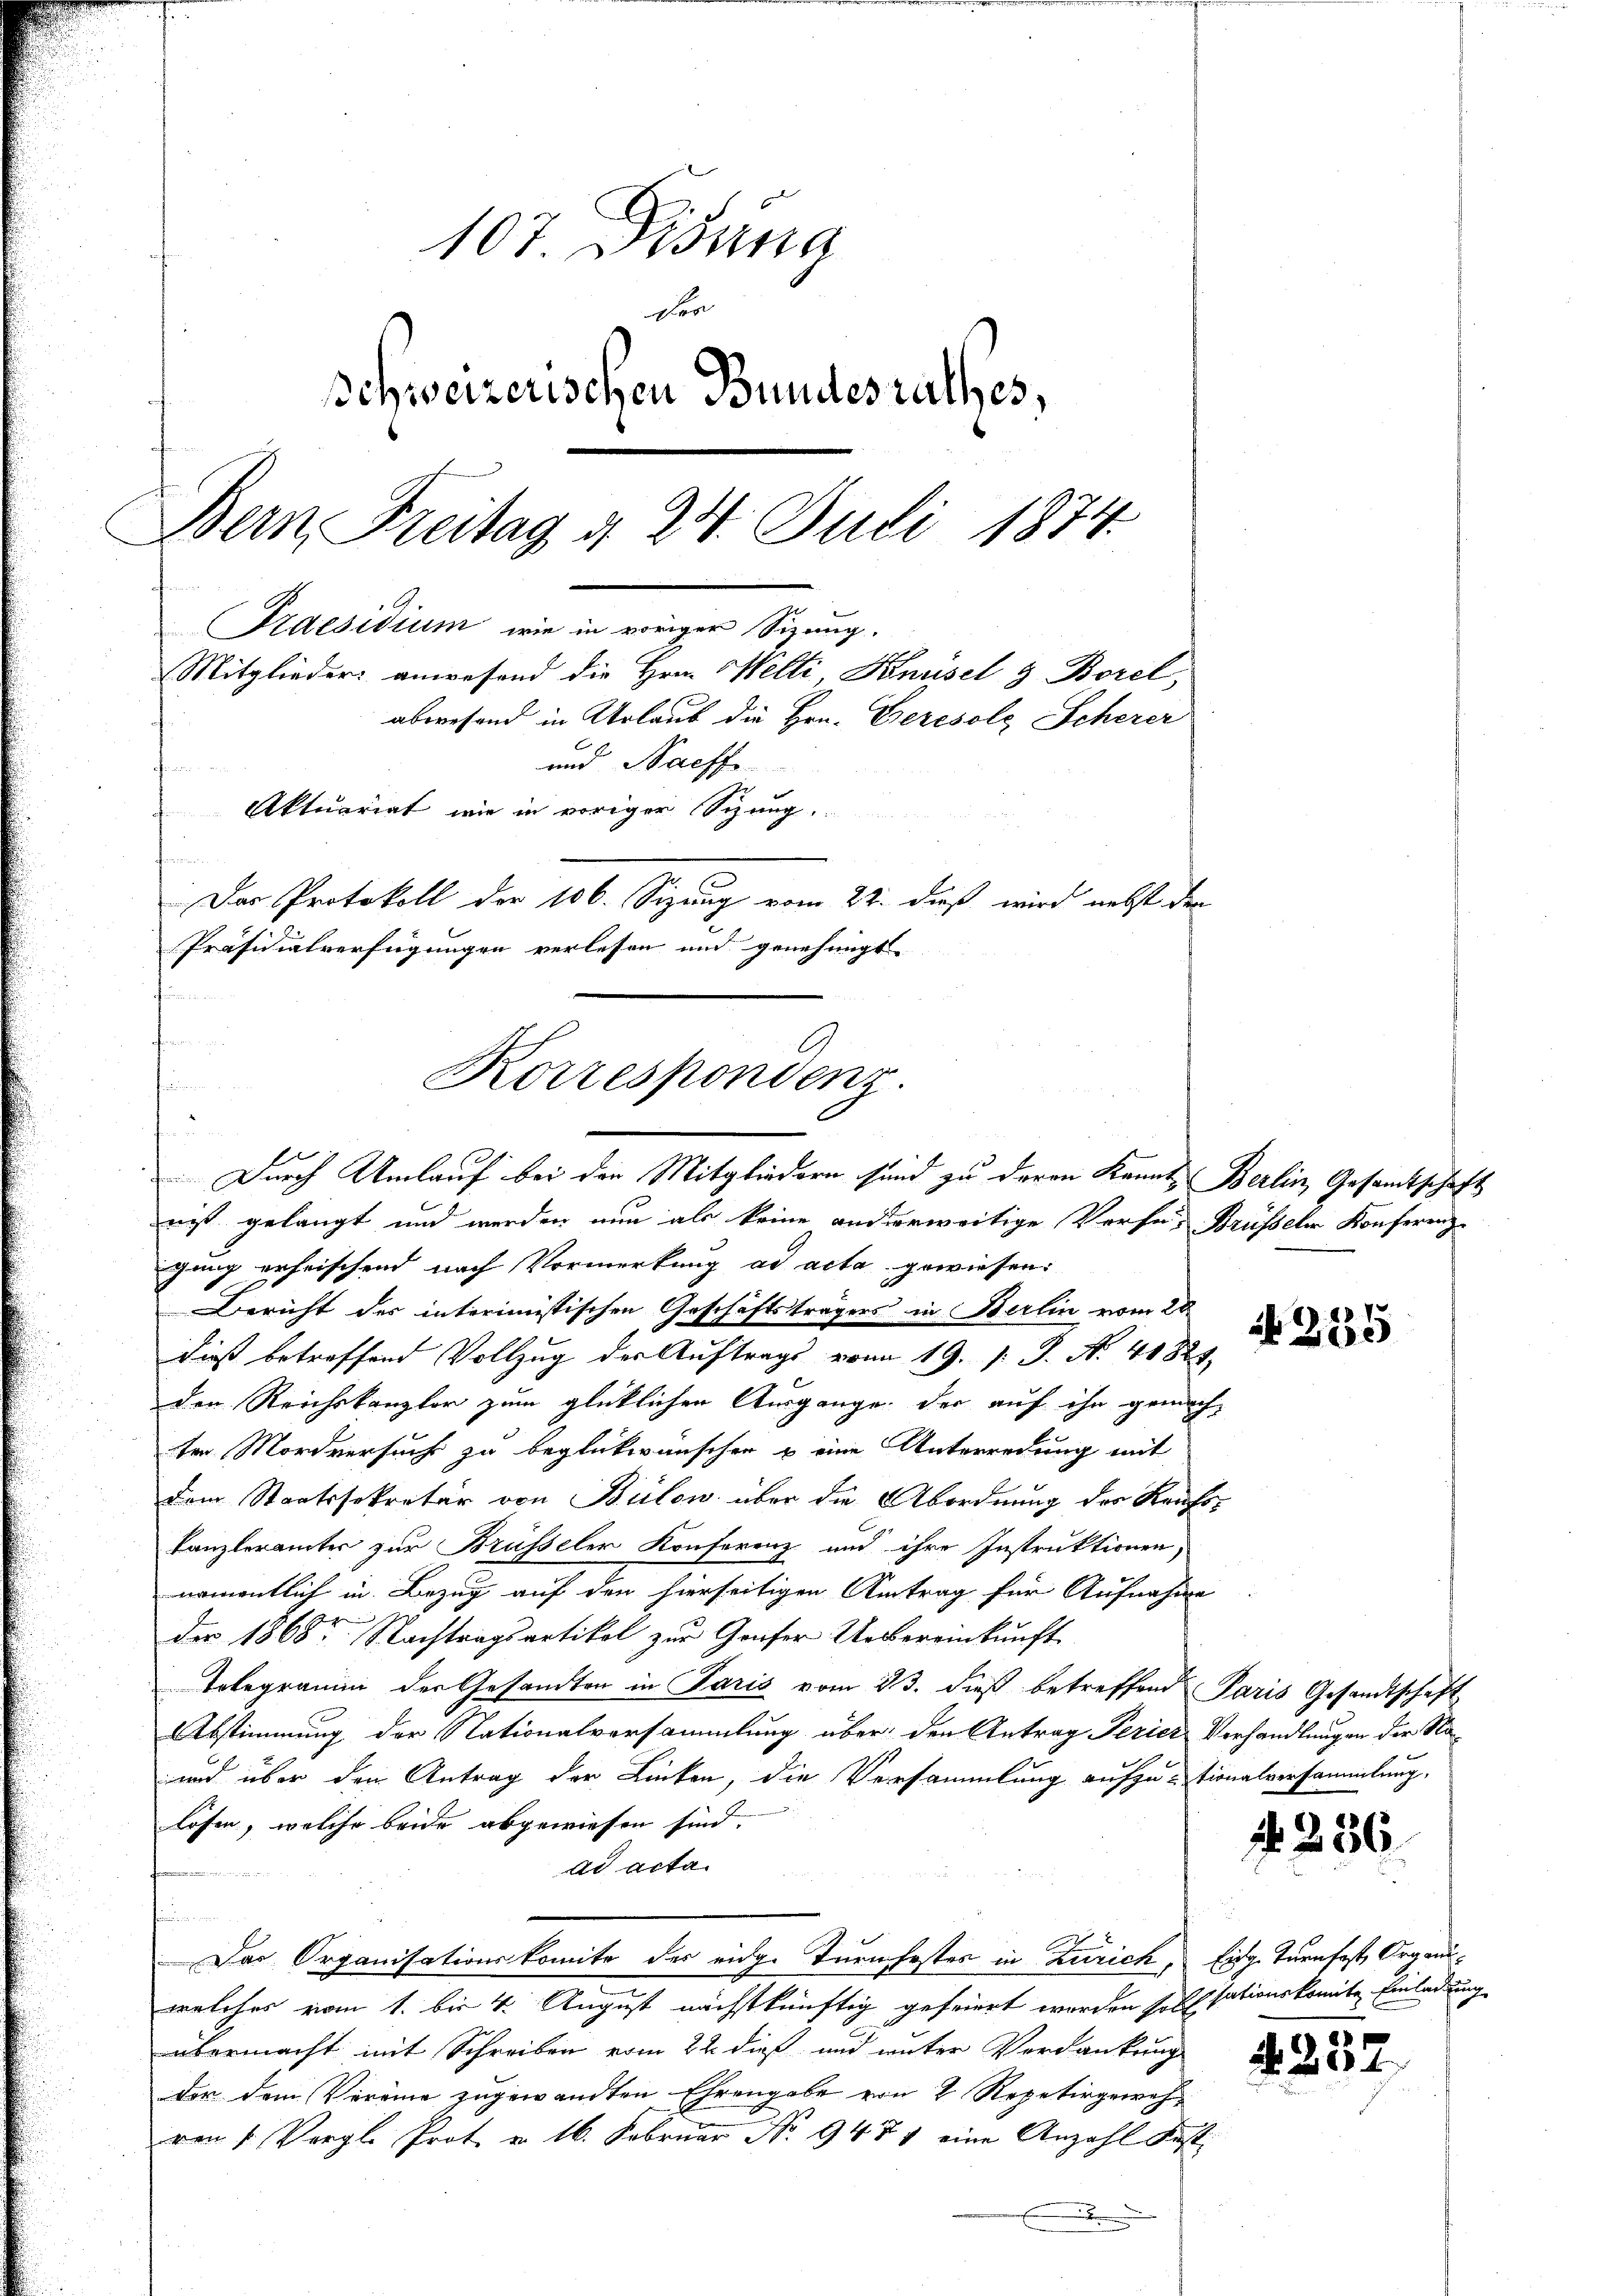
107. Disung
ber
schweizerischen Bundesrathes,
Bern Freitag d. 24. Juli 1874.
Praesidium, wie in voriger Sizung.
Mitglieder anwesend die Hrn. Welti, Knüsel 3 Borel,
abwesend in Urlaub die Hrn. Geresols Scherer
und Nachfe
t
Aktuariat wie in voriger Sitzung.
Das Protokoll der 106. Sizung vom 22. dieß wird nebst der
Präsidialverfügungen verlesen und genehmigt

Korrespondenz.
Durch Umlauf bei den Mitgliedern sind zu deren Kannt, Berlin, Gesamtschaft

nis gelangt und werden nun als keine anderweitige Vorse, Brüsseler Konferenz-
igung erheischend nach Vormerkung ad acta gewiesen:
Bericht des interimistischen Geschäftsträgers in Berlin vom 28
dieß betreffend Vollzug der Auftrags vom 19. d. J. N. 41825.
den Reichskanzler zum glücklichen Ausgange, der auf ihn gemachten Mordversuch zu beglückwünschen u eine Unterredung mit
dem Staatssekretär von Bülow über die Abordnung des Raufs¬
Kanzlerämter zur Brüsseler Konferenz und ihre Instruktionen,
namentlich in Bezug auf den hierseitigen Antrag für Aufnahme
der 1868t Nachtragsartikel zur Gruser Uebereinkunft
Telegramm der Gesandten in Paris vom 23. dieβ betreffend Paris Gesandtschaft
Abstimmung der Nationalversammlung über den Antrag Ferier Verhandlungen der Na¬
und über den Antrag der Linken, die Versammlung aufzu-tionalversammlung,
lösen, welche beide abgewiesen sind.
ad acta.
Der Organisationskomite des eidg. Turnfester in Zürich, Eidg. Turnfest, Organiwelches vom 1. bis 4. August nächstkünftig gefeiert werden seinsationskomite Einladung
übermacht mit Schreiben vom 22. dieß und unter Verdankung
dor dem Vereine zugewandten Ehrengabe von 2 Repetirgewes
von 1. Vergl. Prot. v. 16. Februar No. 9477 eine Anzahl Fest
.

235

N 256

4257